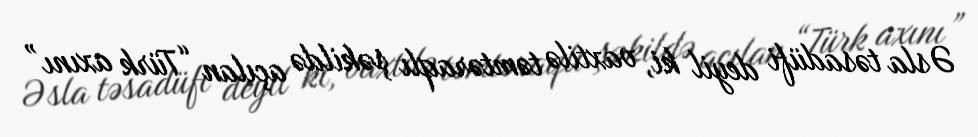
Əsla təsadüfi deyil ki, vaxtilə təmtəraqlı şəkildə açılan “Türk axını”